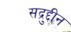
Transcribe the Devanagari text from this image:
सद्रुद्दीन